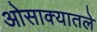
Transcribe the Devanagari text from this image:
ओसाक्यातले